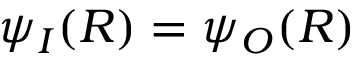
\psi _ { I } ( R ) = \psi _ { O } ( R )